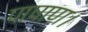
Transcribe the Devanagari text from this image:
पाषाण।